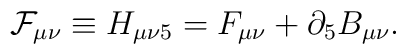
{\cal F}_{\mu\nu} \equiv H_{\mu\nu 5} = F_{\mu\nu} + \partial_5 B_{\mu\nu}.